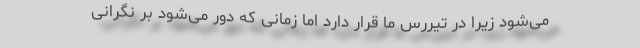
می‌شود زیرا در تیررس ما قرار دارد اما زمانی که دور می‌شود بر نگرانی